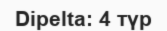
Dipelta: 4 түр